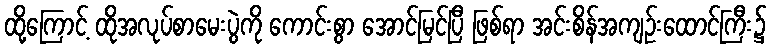
ထို့ကြောင့် ထိုအလုပ်စာမေးပွဲကို ကောင်းစွာ အောင်မြင်ပြီ ဖြစ်ရာ အင်းစိန်အကျဉ်းထောင်ကြီး၌